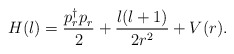
\begin{align*}H(l) = {p_r^\dagger p_r^{} \over 2} + { l(l+1) \over 2r^2 } + V(r).\end{align*}